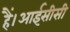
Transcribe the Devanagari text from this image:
हैं।आईसीसी